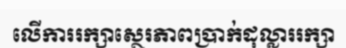
លើការរក្សាស្ថេរភាពប្រាក់ដុល្លាររក្សា